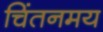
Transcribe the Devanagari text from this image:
चिंतनमय